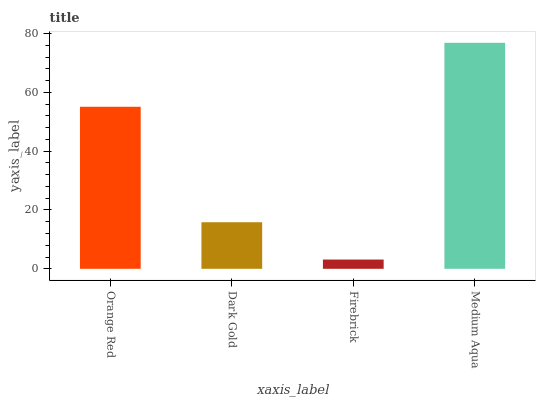
| xaxis_label | bars |
 | --- | --- |
 | Orange Red | 55.1 |
 | Dark Gold | 15.8 |
 | Firebrick | 3.15 |
 | Medium Aqua | 76.8 |